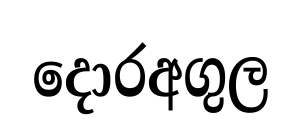
දොරඅගුල